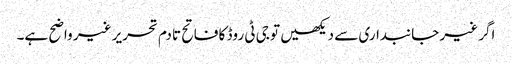
اگر غیر جانبداری سے دیکھیں تو جی ٹی روڈ کا فاتح تادم تحریر غیر واضح ہے۔